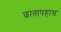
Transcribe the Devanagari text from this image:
छातापहाड